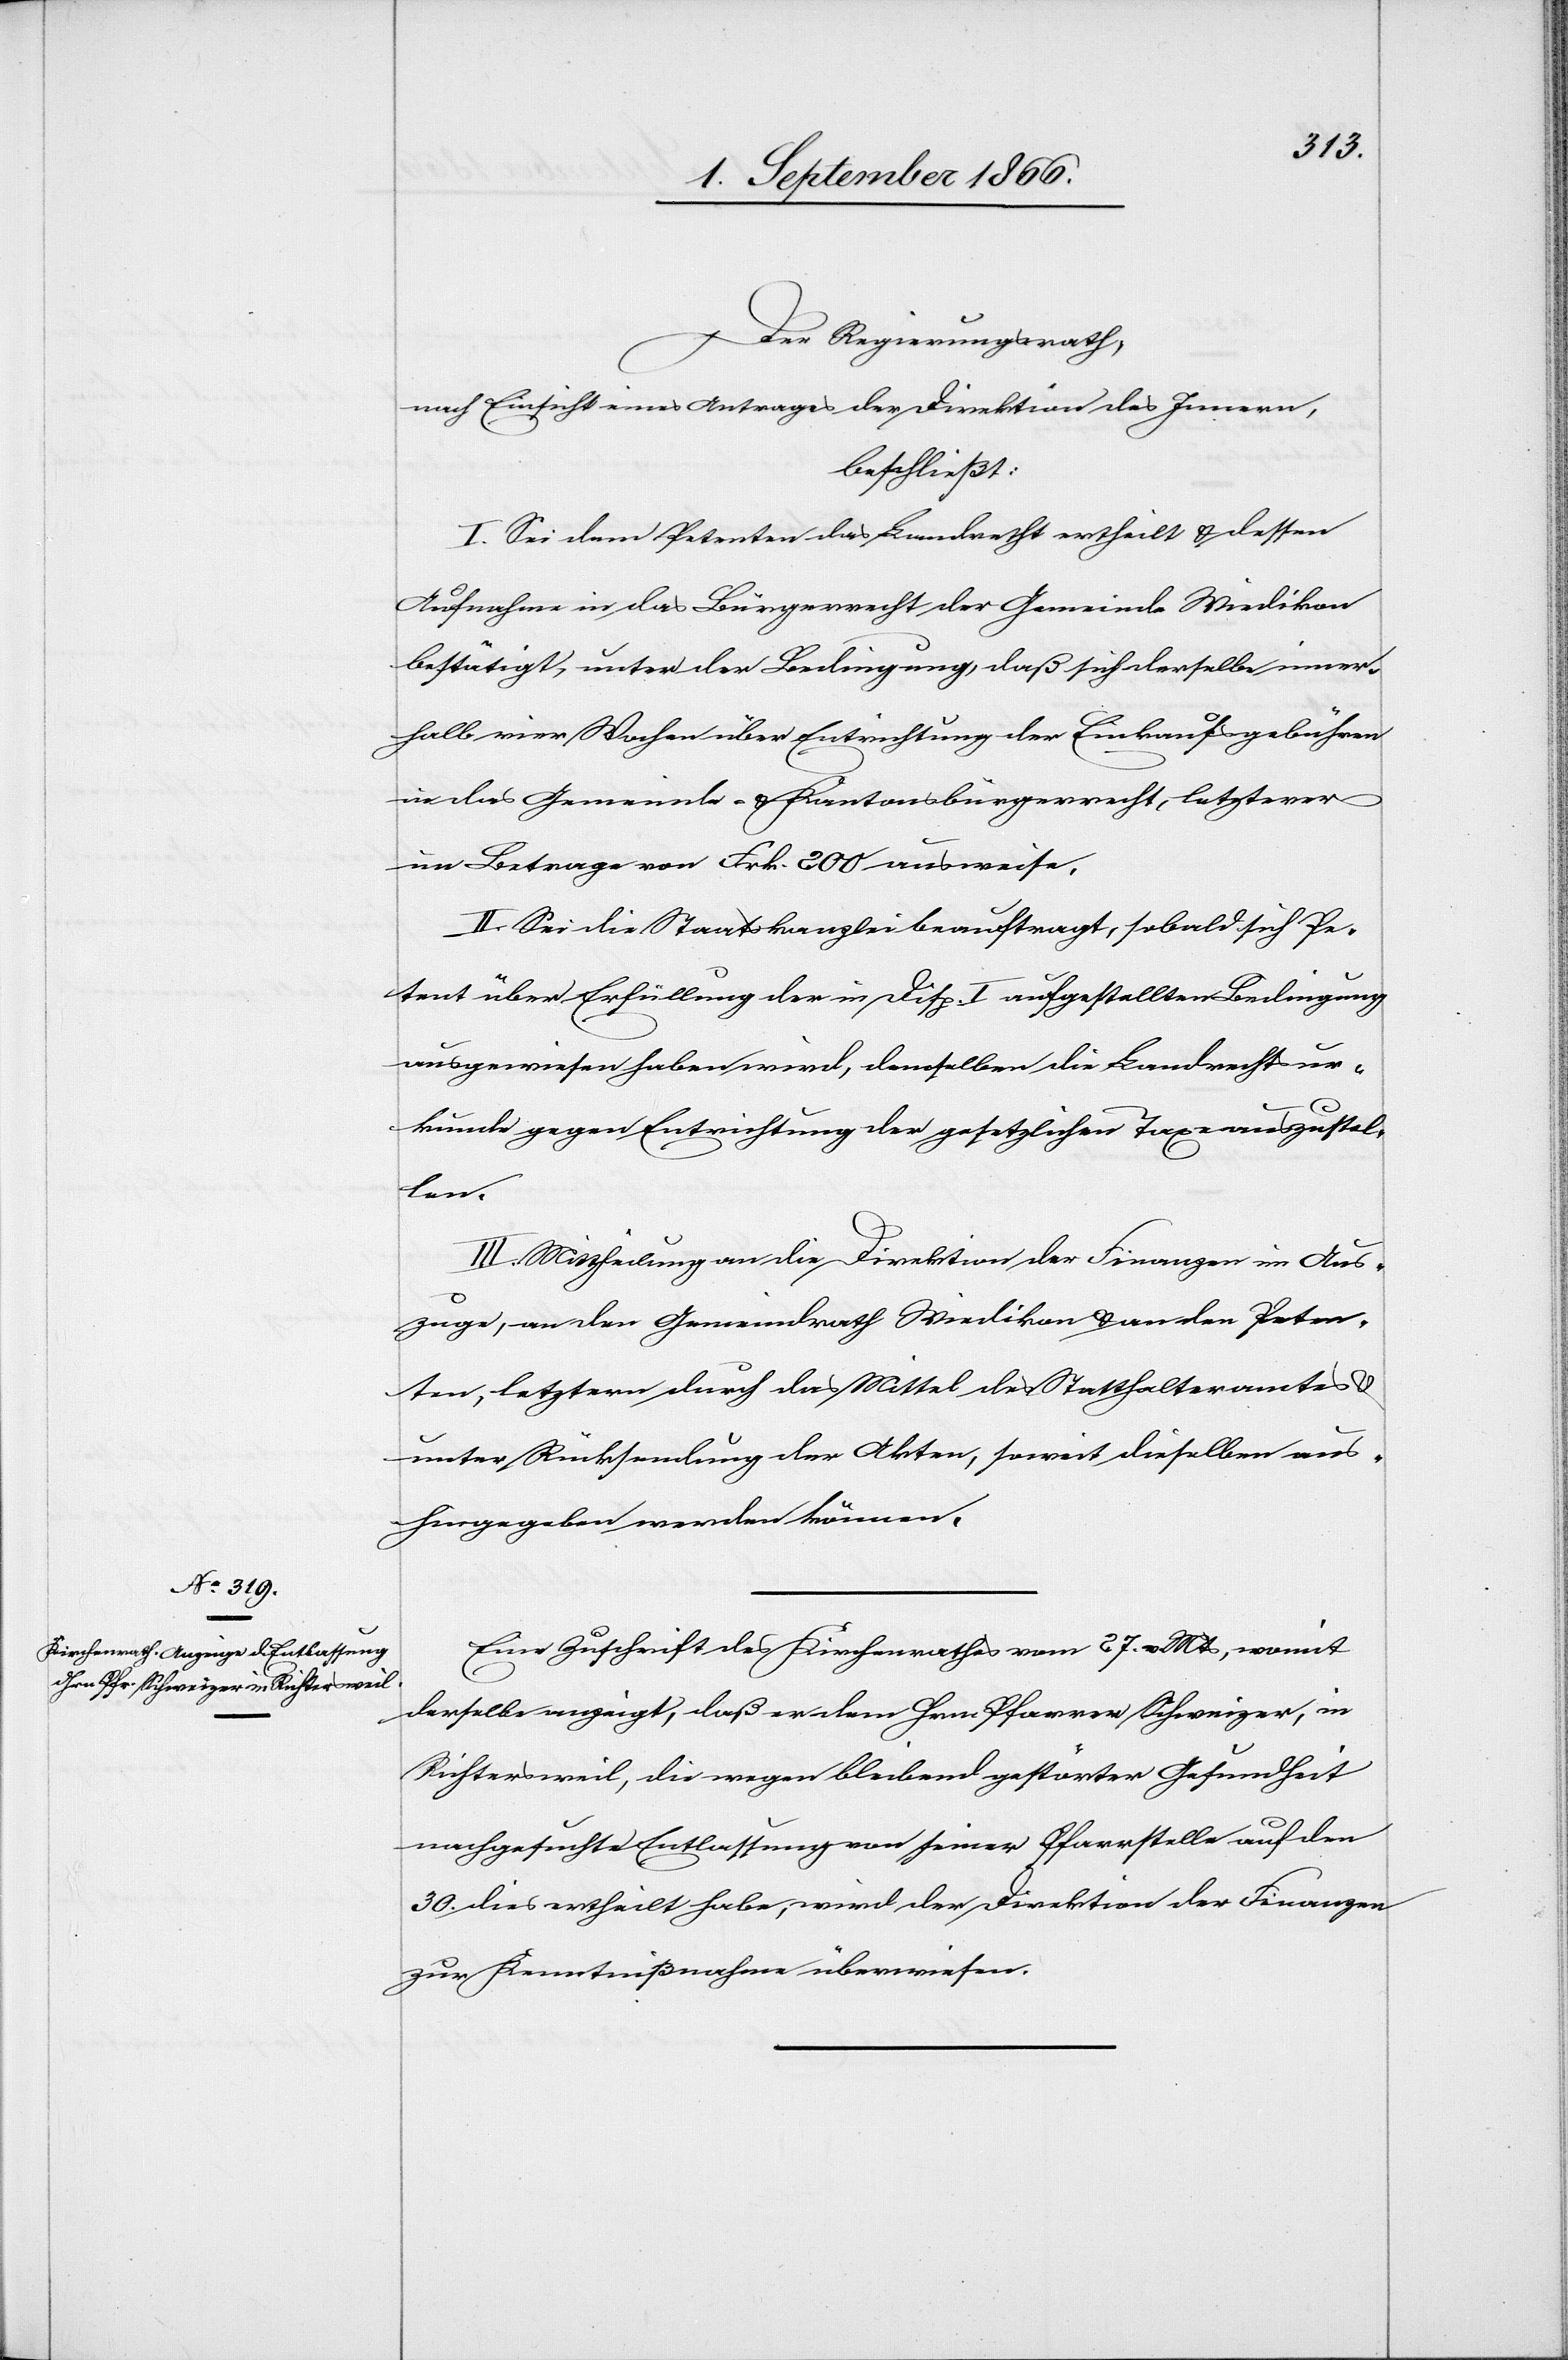
Der Regierungsrath,
nach Einsicht eines Antrages der Direktion des Innern,
beschließt:
I. Sei dem Petenten das Landrecht ertheilt u. dessen
Aufnahme in das Bürgerrecht der Gemeinde Wiedikon
bestätigt, unter der Bedingung, daß sich derselbe inner¬
halb vier Wochen über Entrichtung der Einkaufsgebühren
in das Gemeinde- u. Kantonsbürgerrecht, letzterer
im Betrage von Frk. 200 ausweise.
II. Sei die Staatskanzlei beauftragt, sobald sich Pe¬
tent über Erfüllung der in Disp. I aufgestellten Bedingung
ausgewiesen haben wird, demselben die Landrechtsur¬
kunde gegen Entrichtung der gesetzlichen Taxe auszustel¬
len.
III. Mittheilung an die Direktion der Finanzen im Aus¬
zuge, an den Gemeindrath Wiedikon u. an den Peten¬
ten, letzterm durch das Mittel des Statthalteramtes u.
unter Rücksendung der Akten, soweit dieselben aus¬
hingegeben werden können.
Eine Zuschrift des Kirchenrathes vom 27. v. Mts., womit
derselbe anzeigt, daß er dem Hrn. Pfarrer Schweizer, in
Richtersweil, die wegen bleibend gestörter Gesundheit
nachgesuchte Entlassung von seiner Pfarrstelle auf den
30. dies ertheilt habe, wird der Direktion der Finanzen
zur Kenntnißnahme überwiesen.